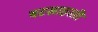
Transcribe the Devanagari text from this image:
षटसाहस्त्री